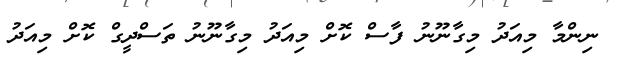
ނިންމާ މިއަދު މިގާނޫނު ފާސް ކޮށް މިއަދު މިގާނޫނު ތަސްދީގް ކޮށް މިއަދު